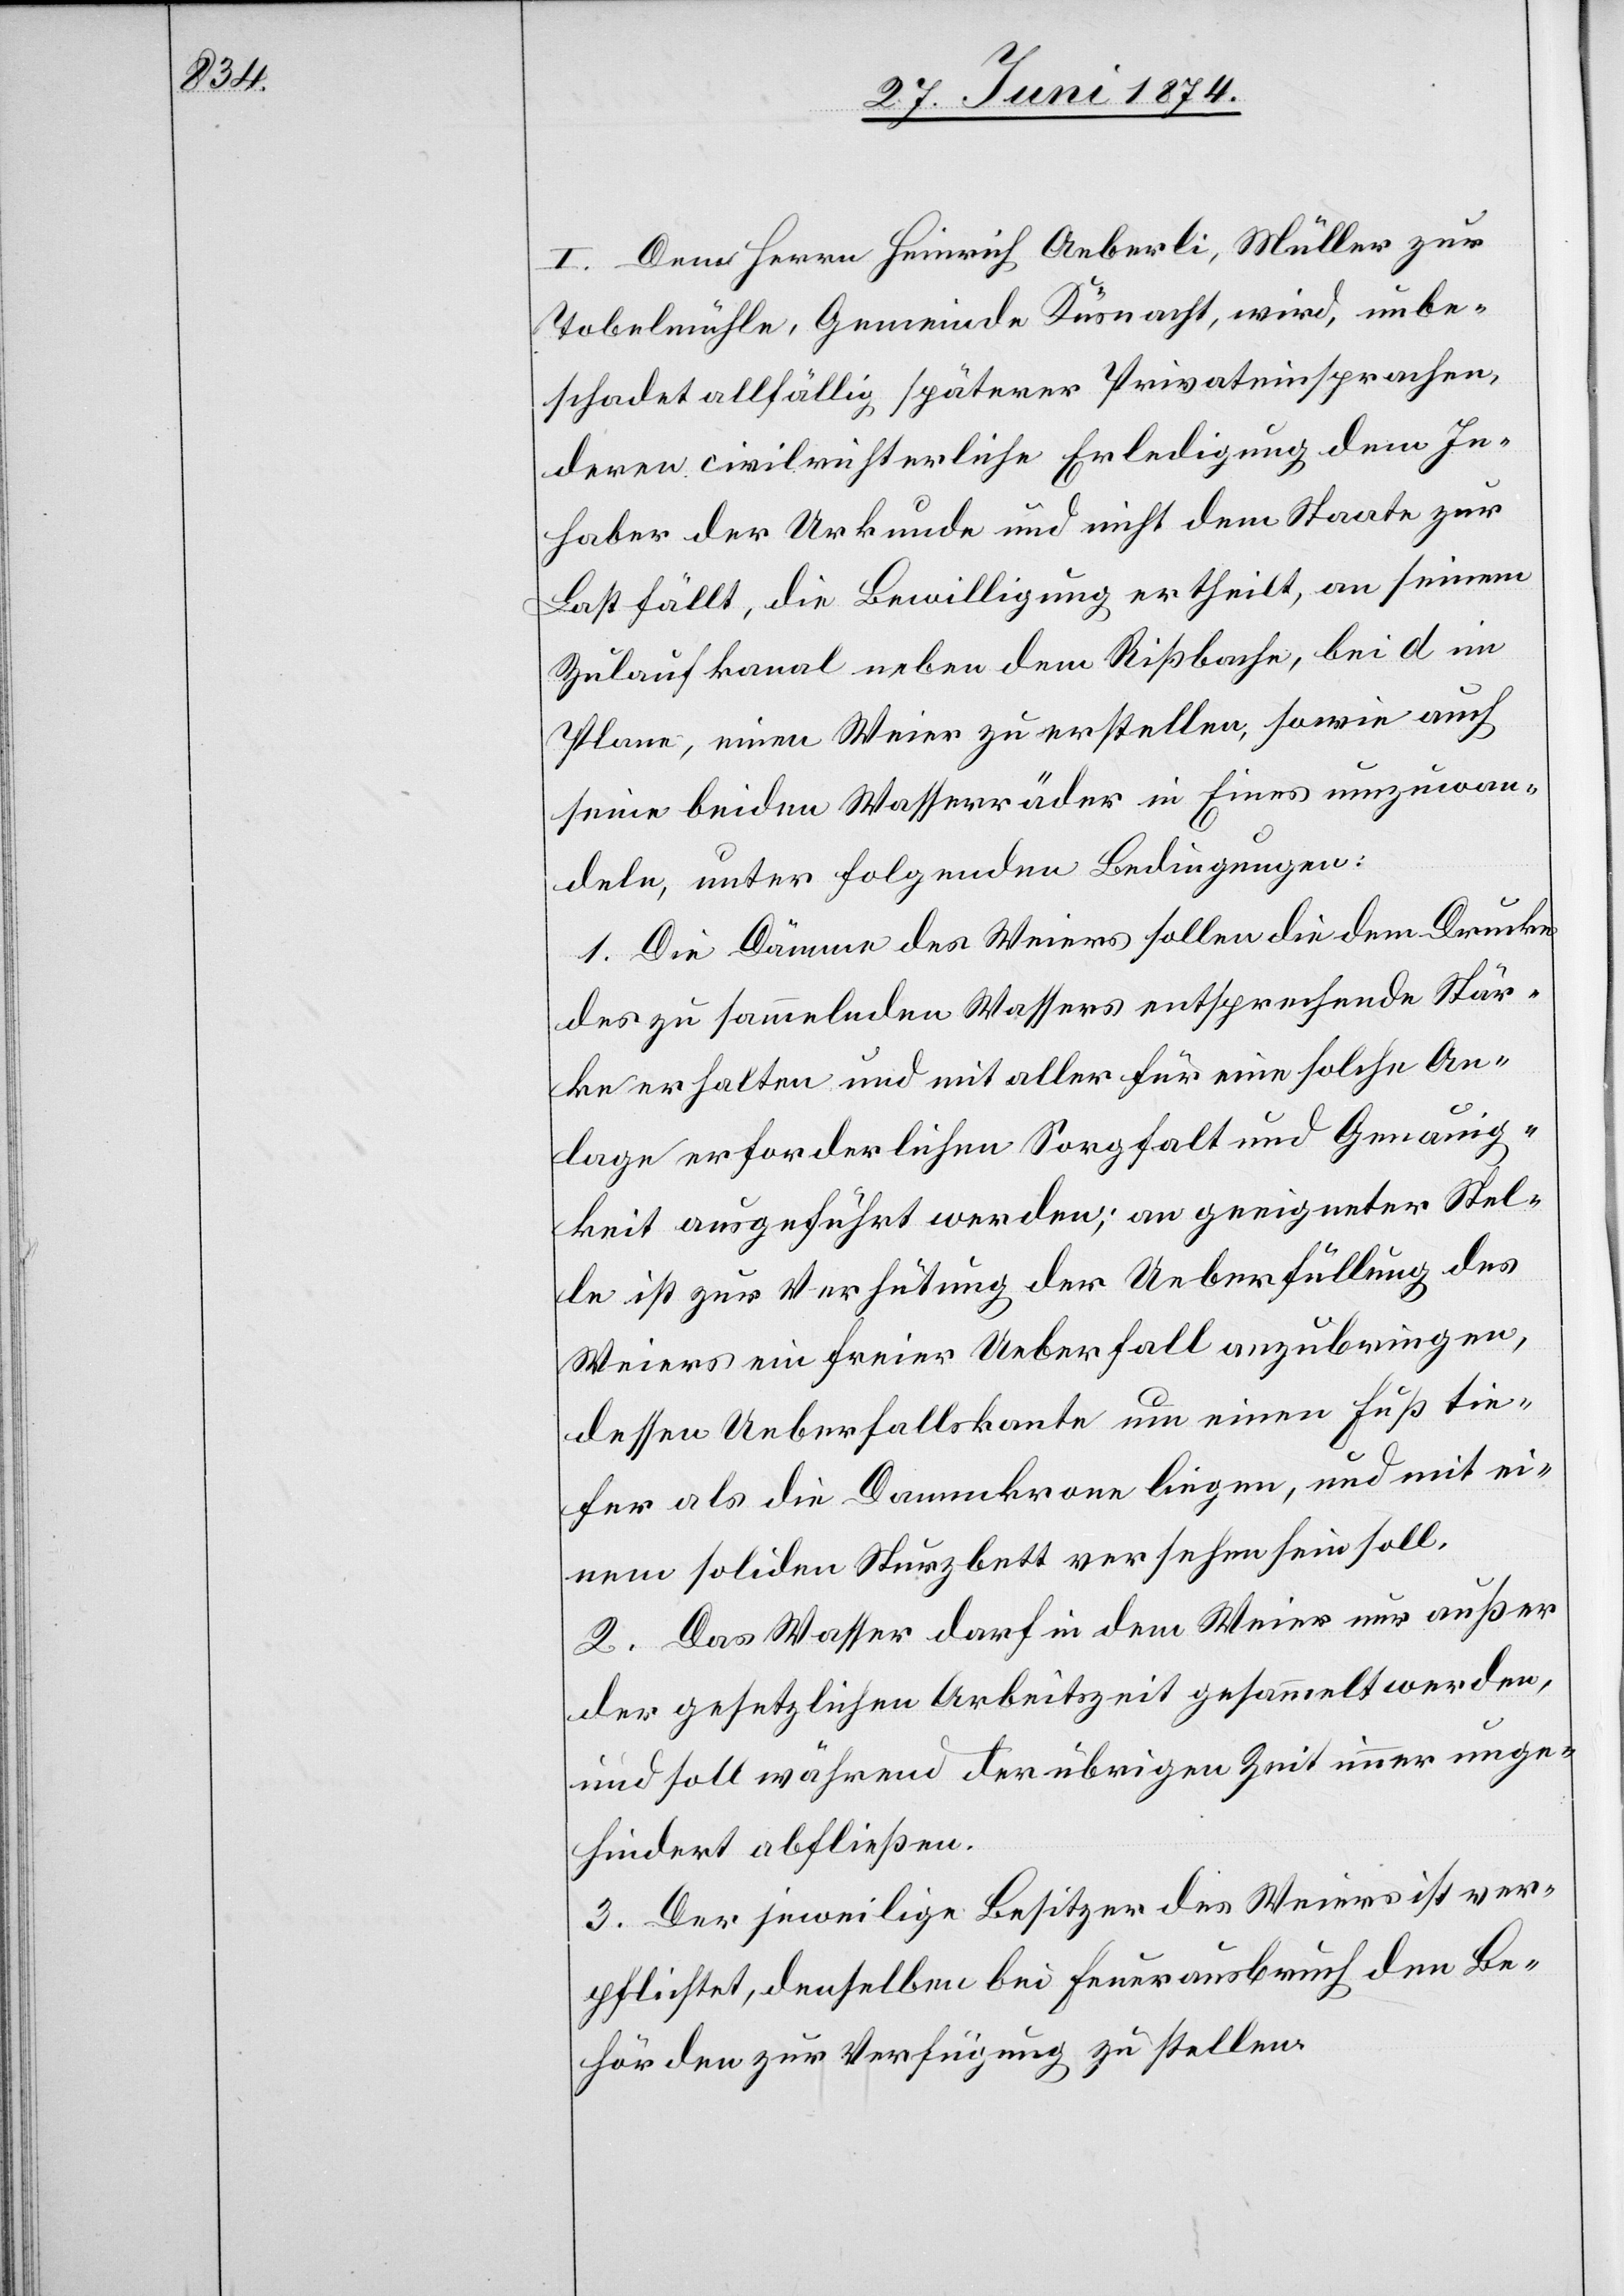
I. Dem Herrn Heinrich Aeberli, Müller zur
Tobelmühle, Gemeinde Küsnacht, wird, unbe¬
schadet allfällig späterer Privateinsprachen,
deren civilrichterliche Erledigung dem In¬
haber der Urkunde und nicht dem Staate zur
Last fällt, die Bewilligung ertheilt, an seinem
Zulaufkanal neben dem Rißbache, bei d im
Plane, einen Weier zu erstellen, sowie auch
seine beiden Wasserräder in Eines umzuwan¬
deln, unter folgenden Bedingungen:
1. Die Dämme des Weiers sollen die dem Drucke
des zu sammelnden Wassers entsprechende Stär¬
ke erhalten und mit aller für eine solche An¬
lage erforderlichen Sorgfalt und Genauig¬
keit ausgeführt werden; an geeigneter Stel¬
le ist zur Verhütung der Ueberfüllung des
Weiers ein freier Ueberfall anzubringen,
dessen Ueberfallskante um einen Fuß tie¬
fer als die Dammkrone liegen, und mit ei¬
nem soliden Sturzbett versehen sein soll.
2. Das Wasser darf in dem Weier nur außer
der gesetzlichen Arbeitszeit gesammelt werden,
und soll während der übrigen Zeit immer unge¬
hindert abfließen.
3. Der jeweilige Besitzer des Weiers ist ver¬
pflichtet, denselben bei Feuerausbruch den Be¬
hörden zur Verfügung zu stellen.